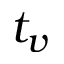
t _ { v }